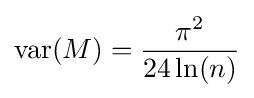
\operatorname {var} (M)={\frac {\pi ^{2}}{24\ln(n)}}